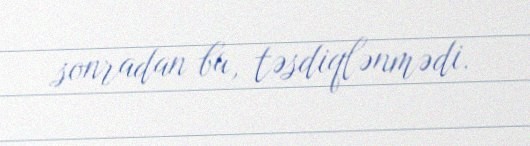
sonradan bu, təsdiqlənmədi.